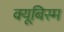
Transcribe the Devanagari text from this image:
क्यूबिस्म